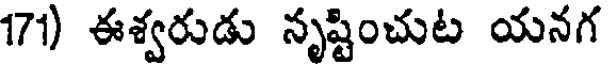
171) ఈశ్వరుడు నృష్టించుట యనగ